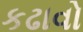
કઢાવો